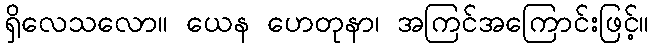
ရှိလေသလော။ ယေန ဟေတုနာ၊ အကြင်အကြောင်းဖြင့်။